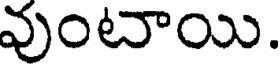
వుంటాయి.